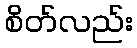
စိတ်လည်း